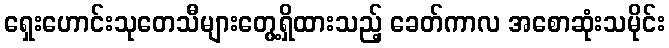
ရှေးဟောင်းသုတေသီများတွေ့ရှိထားသည့် ခေတ်ကာလ အစောဆုံးသမိုင်း